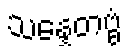
သန္နေတဗ္ဗံ